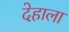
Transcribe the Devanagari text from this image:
देहाला